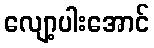
လျော့ပါးအောင်